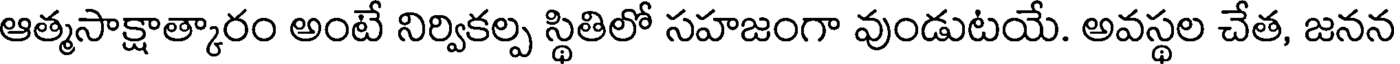
ఆత్మసాక్షాత్కారం అంటే నిర్వికల్ప స్థితిలో సహజంగా వుండుటయే. అవస్థల చేత, జనన